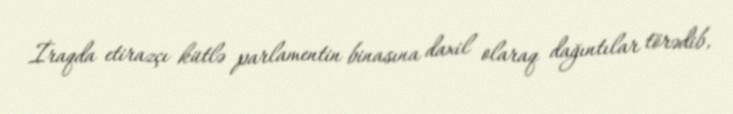
İraqda etirazçı kütlə parlamentin binasına daxil olaraq dağıntılar törədib,